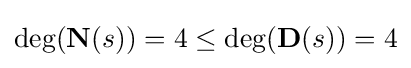
\deg({\textbf {N}}(s))=4\leq \deg({\textbf {D}}(s))=4